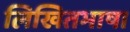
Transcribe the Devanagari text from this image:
लिखितभाषा